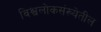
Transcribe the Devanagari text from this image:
विश्वलोकसंख्येतील